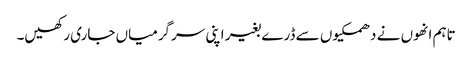
تاہم انھوں نے دھمکیوں سے ڈرے بغیر اپنی سرگرمیاں جاری رکھیں۔